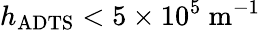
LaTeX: h_{\mathrm{ADTS}}<5\times 10^{5}\ \mathrm{m}^{-1}